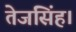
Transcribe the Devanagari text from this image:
तेजसिंह।